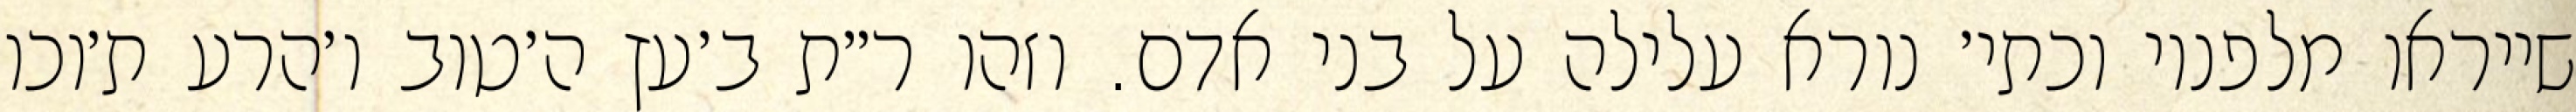
שייראו מלפניו וכתי׳ נורא עלילה על בני אדם. וזהו ר״ת ב׳עץ ה׳טוב ו׳הרע ת׳וכו